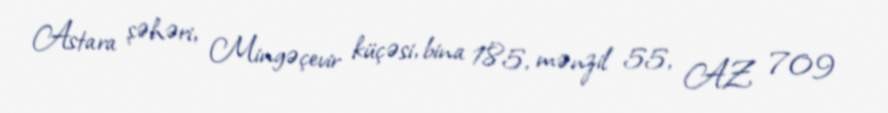
Astara şəhəri, Mingəçevir küçəsi, bina 185, mənzil 55, AZ 709